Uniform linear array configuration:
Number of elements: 32
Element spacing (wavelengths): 0.75
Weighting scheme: exponential
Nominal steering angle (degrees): -45
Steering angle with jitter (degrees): -46.058
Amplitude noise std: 0.05
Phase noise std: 0.05

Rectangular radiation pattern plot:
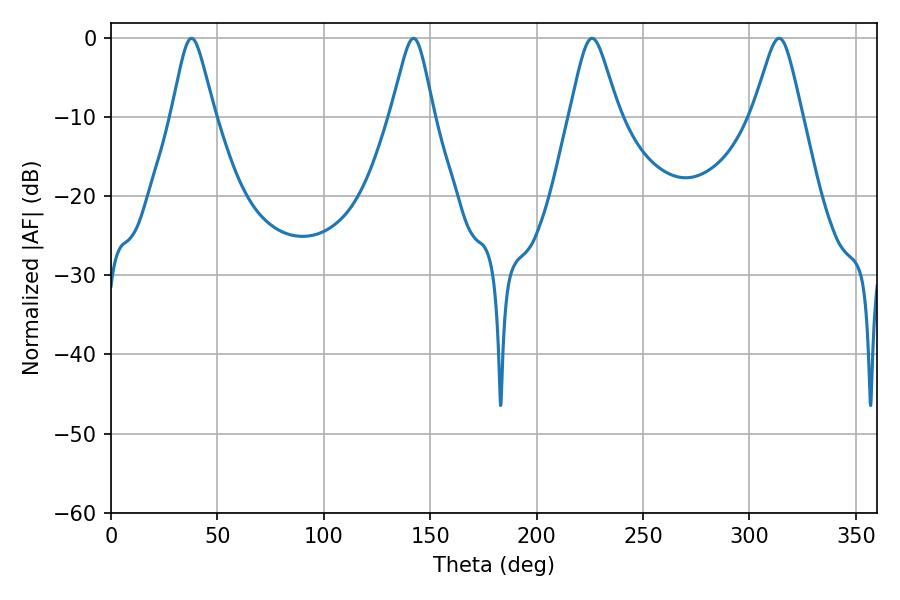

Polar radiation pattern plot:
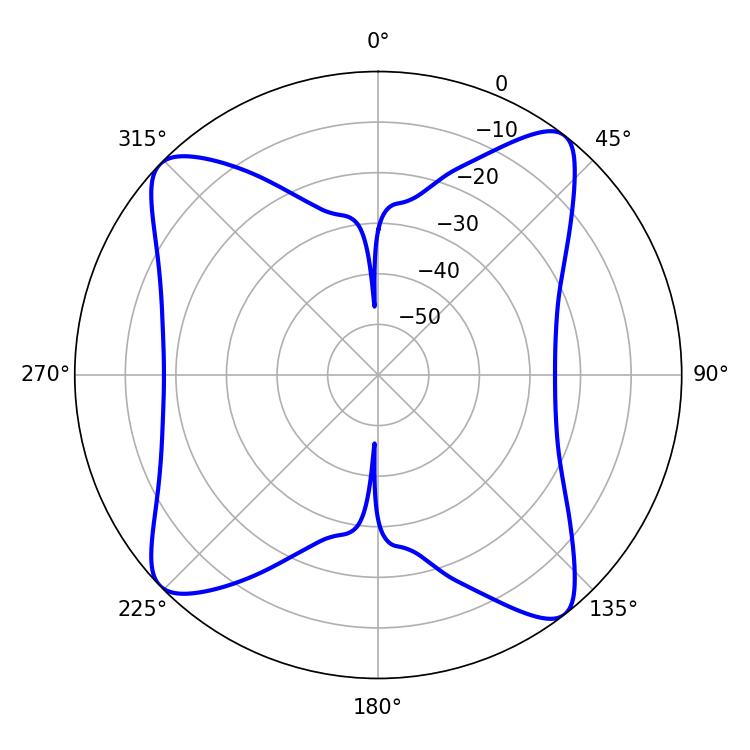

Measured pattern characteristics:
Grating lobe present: TRUE
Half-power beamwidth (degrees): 10.98
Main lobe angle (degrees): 226.08